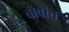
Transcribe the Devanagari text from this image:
बाबांचं